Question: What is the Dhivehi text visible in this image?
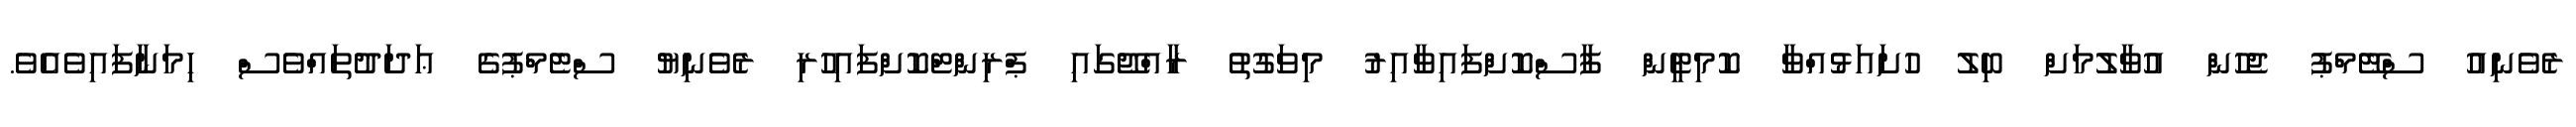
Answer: ރެވެނިއު ސްޓޭމްޕު ޖެހުން އުވާލުމަށް ބިލު ހުށައަޅުއްވާ ކޮމިޓީން ފާސްކޮށްފައިވާއިރު މިވަގުތު ރާއްޖޭގައި ޕްރިންޓްކޮށްފައިހުރި ރެވެނިޔު ސްޓެމްޕުގެ ޢަދަދުތައްވެސް ހިމަނާފައިވެއެވެ.